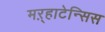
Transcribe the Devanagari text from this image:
मऱ्हाटेन्सिस